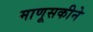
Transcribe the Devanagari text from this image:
माणूसकीने